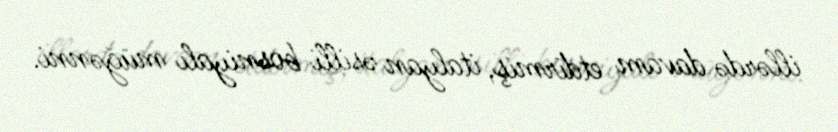
illərdə davam etdirmiş, italyan əsilli bosniyalı müğənni.